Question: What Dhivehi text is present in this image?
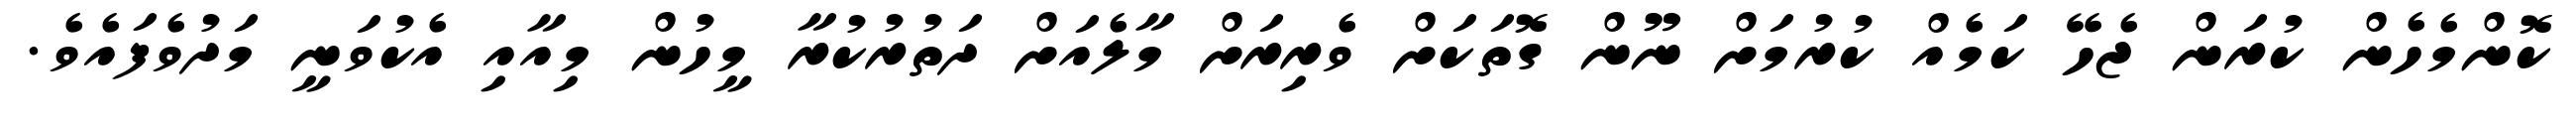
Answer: ކޮންމެހެން ކުރަން ޖެހޭ ކަމެއް ކުރުމަށް ނޫން ގޮތަކަށް ވެރިރަށް މާލެއަށް ދަތުރުކުރާ މީހުން މިއާއި އެކުވަނީ މަދުވެފައެވެ.